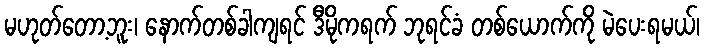
မဟုတ်တော့ဘူး၊ နောက်တစ်ခါကျရင် ဒီမိုကရက် ဘုရင်ခံ တစ်ယောက်ကို မဲပေးရမယ်၊